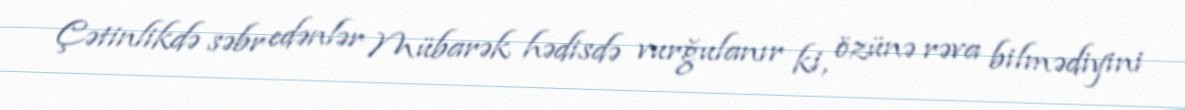
Çətinlikdə səbr edənlər Mübarək hədisdə vurğulanır ki, özünə rəva bilmədiyini